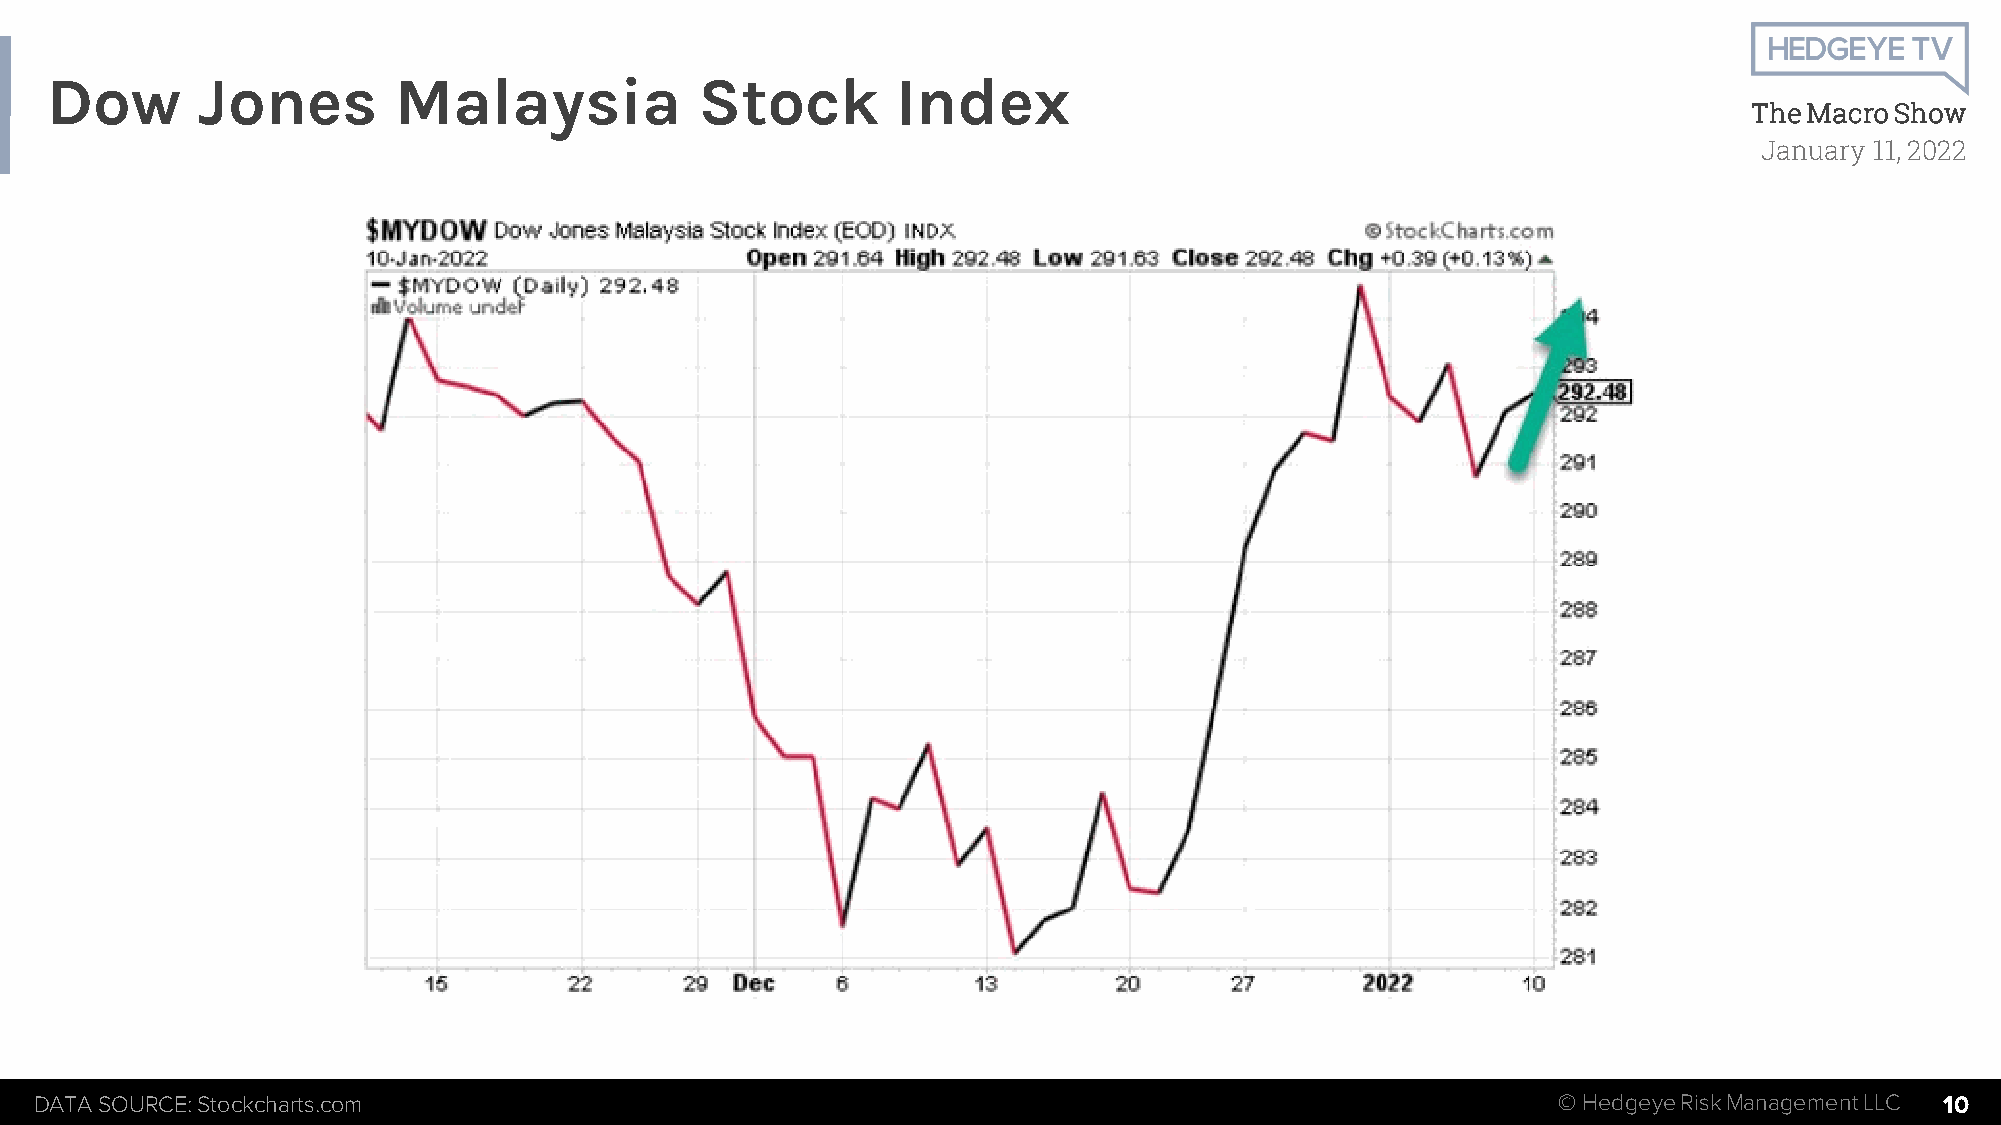
Dow       Jones        Malaysia            Stock        Index
 The Macro Show
 January 11, 2022
 DATA SOURCE: Stockcharts.com                                                                         © HedgeyeRiskManagement LLC 10